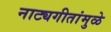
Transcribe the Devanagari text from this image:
नाट्यगीतांमुळे